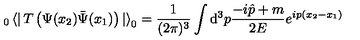
_ 0 \left< \right| T \left( \Psi ( x _ { 2 } ) \bar { \Psi } ( x _ { 1 } ) \right) \left| \right> _ { 0 } = \frac { 1 } { ( 2 \pi ) ^ { 3 } } \int { \mathrm d } ^ { 3 } p \frac { - i \hat { p } + m } { 2 E } e ^ { i p ( x _ { 2 } - x _ { 1 } ) }